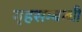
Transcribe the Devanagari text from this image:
गृहसम्बन्धी